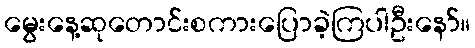
မွေးနေ့ဆုတောင်းစကားပြောခဲ့ကြပါဦးနော်။